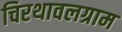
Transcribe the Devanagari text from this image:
चिरथावलग्राम